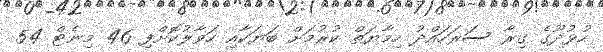
ހުޅުދޫގެ ގިރާ ސަރަހައްދު ހިމާޔަތް ކުރުމަށް ބަޔަކާއި ހަވާލުކޮށްފި 46 މިނެޓް 54